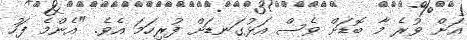
އަށް ވުރެ މާ ބޮޑަށް ވެސް އަޅުގަނޑަށް ފުރިހަމަ އެވެ. "އެންމެ ފަހު